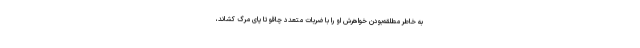
به خاطر مطلقه‌بودن خواهرش او را با ضربات متعدد چاقو تا پای مرگ کشاند،